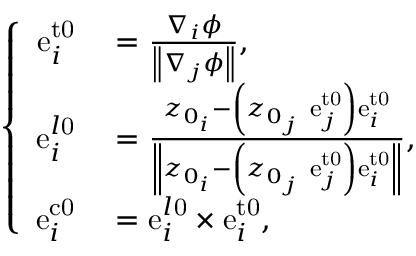
\left\{ \begin{array} { r l } { \mathrm { e } _ { i } ^ { \mathrm { { t 0 } } } } & { { } = \frac { \nabla _ { i } \phi } { \left\| \nabla _ { j } \phi \right\| } , } \\ { \mathrm { e } _ { i } ^ { l \mathrm { { 0 } } } } & { { } = \frac { z _ { 0 _ { i } } - \left( z _ { 0 _ { j } } \ \mathrm { e } _ { j } ^ { \mathrm { { t 0 } } } \right) \mathrm { e } _ { i } ^ { \mathrm { { t 0 } } } } { \left\| z _ { 0 _ { i } } - \left( z _ { 0 _ { j } } \ \mathrm { e } _ { j } ^ { \mathrm { { t 0 } } } \right) \mathrm { e } _ { i } ^ { \mathrm { { t 0 } } } \right\| } , } \\ { \mathrm { e } _ { i } ^ { \mathrm { { c 0 } } } } & { { } = \mathrm { e } _ { i } ^ { l \mathrm { { 0 } } } \times \mathrm { e } _ { i } ^ { \mathrm { { t 0 } } } , } \end{array} \right.